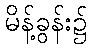
မိန့်ခွန်း၌